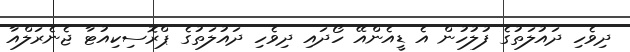
ދިވެހި ދައުލަތުގެ ފުލުހުން އެ ޑީއެންއޭ ހޯދައި ދިވެހި ދައުލަތުގެ ޕްރޮސިކިއުޓާ ޖެނެރަލްއާ